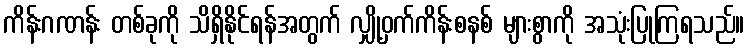
ကိန်းဂဏန်း တစ်ခုကို သိရှိနိုင်ရန်အတွက် လျှို့ဝှက်ကိန်းစနစ် များစွာကို အသုံးပြုကြရသည်။